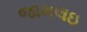
જામલઇ